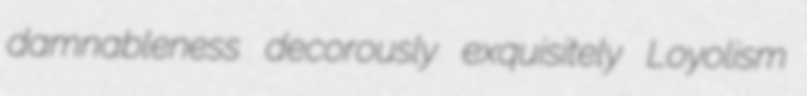
damnableness decorously exquisitely Loyolism